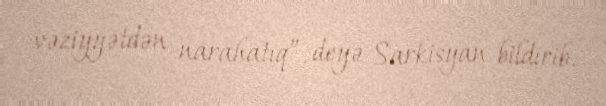
vəziyyətdən narahatıq”, deyə Sarkisyan bildirib.